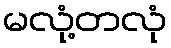
မလုံ့တလုံ